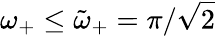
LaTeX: \omega_{+}\leq\tilde{\omega}_{+}=\pi/\sqrt{2}